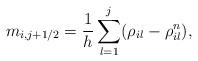
LaTeX: \begin{align*} m_{i, j+1/2}=\frac{1}{h}\sum_{l=1}^j(\rho_{il}-\rho_{il}^n), \end{align*}